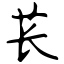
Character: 苌